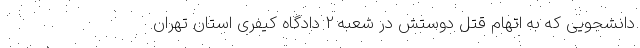
دانشجویی که به اتهام قتل دوستش در شعبه 2 دادگاه کیفری استان تهران